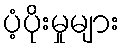
ပံ့ပိုးမှုများ